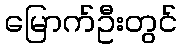
မြောက်ဦးတွင်